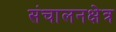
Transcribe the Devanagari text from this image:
संचालनक्षेत्र